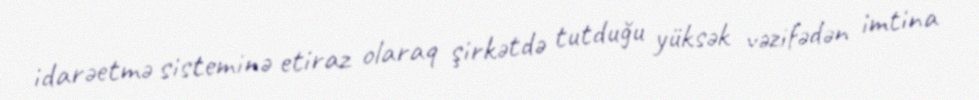
idarəetmə sisteminə etiraz olaraq şirkətdə tutduğu yüksək vəzifədən imtina